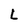
Character: L